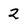
Character: 2